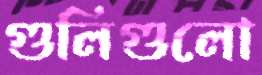
গুলিগুলো